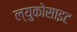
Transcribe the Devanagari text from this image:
ल्युकोसाइट